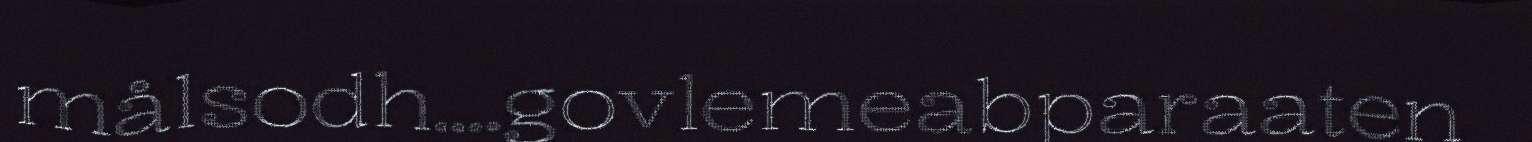
målsodh....govlemeabparaaten